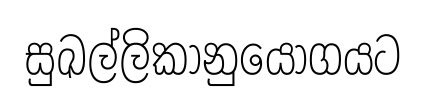
සුඛල්ලිකානුයෝගයට